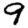
Digit: 9